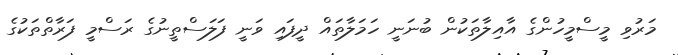
މަރުވި މީސްމީހުންގެ އާއިލާތަކުން ބުނަނީ ހަމަލާތައް ދީފައި ވަނީ ފަލަސްތީނުގެ ރަސްމީ ފަރާތްތަކުގެ